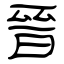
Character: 晉